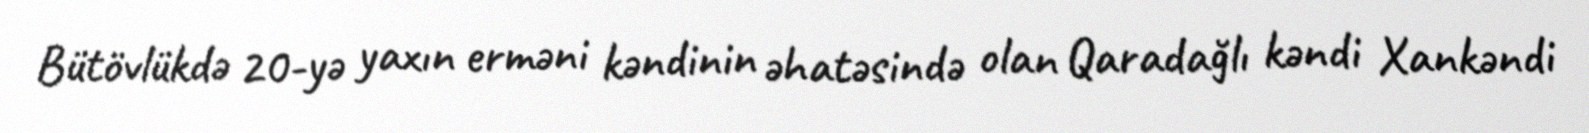
Bütövlükdə 20-yə yaxın erməni kəndinin əhatəsində olan Qaradağlı kəndi Xankəndi